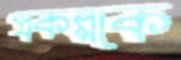
প্রকল্পকে